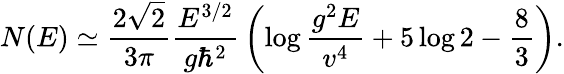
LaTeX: N(E)\simeq{\frac{2\sqrt{2}}{3\pi}}{\frac{E^{3/2}}{g\hbar^{2}}}\left(\log{\frac{g^{2}E}{v^{4}}}+5\log 2-{\frac{8}{3}}\right).